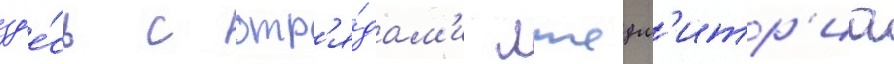
зд'е́сь с отр'я́дам'и лжедм'итр'иа